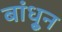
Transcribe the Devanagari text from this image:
बांधू्न